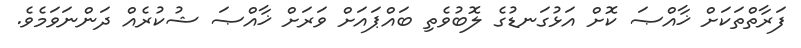
ފަރާތްތަކަށް ޚާއްޞަ ކޮށް އަޅުގަނޑުގެ ލޮބުވެތި ބައްޕައަށް ވަރަށް ޚާއްޞަ ޝުކުރެއް ދަންނަވަމެވެ.